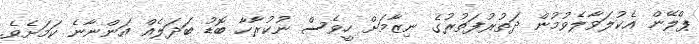
ޕްލޭން އެކުލަވާލެވުމުން ދަތުރުފަތުރުގެ ނިޒާމަށް ހީވެސް ނުކުރާހާ ބޮޑު ބަދަލެއް އަންނާނެ ކަަމަށެވެ.